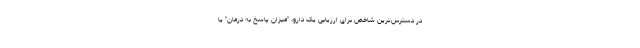
در دسترس‌ترین شاخص برای ارزیابی یک دارو، "میزان پاسخ به درمان" یا